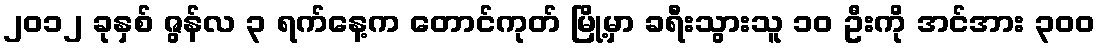
၂၀၁၂ ခုနှစ် ဇွန်လ ၃ ရက်နေ့က တောင်ကုတ် မြို့မှာ ခရီးသွားသူ ၁၀ ဦးကို အင်အား ၃ဝဝ